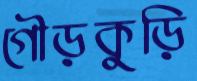
গৌড়কুড়ি